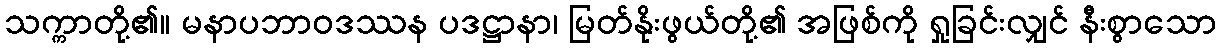
သက္ကာတို့၏။ မနာပဘာဝဒဿန ပဒဋ္ဌာနာ၊ မြတ်နိုးဖွယ်တို့၏ အဖြစ်ကို ရှုခြင်းလျှင် နီးစွာသော